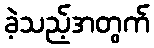
ခဲ့သည့်အတွက်